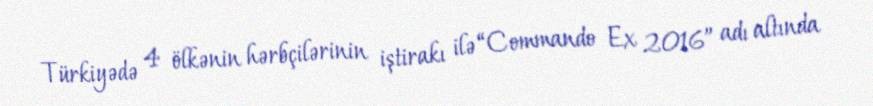
Türkiyədə 4 ölkənin hərbçilərinin iştirakı ilə “Commando Ex 2016” adı altında